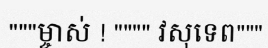
"""ម្ចាស់ ! """" វសុទេព"""